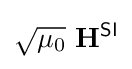
{\sqrt {\mu _{0}}}\ \mathbf {H} ^{\textsf {SI}}